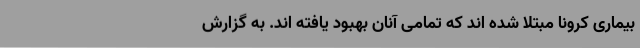
بیماری کرونا مبتلا شده اند که تمامی آنان بهبود یافته اند. به گزارش